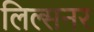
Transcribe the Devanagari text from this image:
लिल्सनर